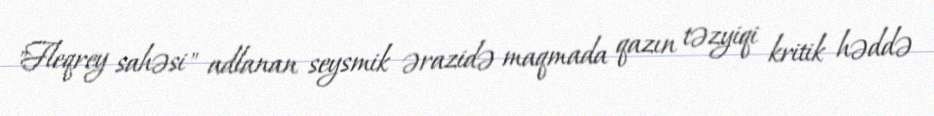
"Fleqrey sahəsi" adlanan seysmik ərazidə maqmada qazın təzyiqi kritik həddə